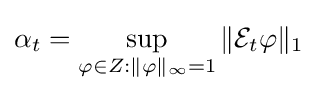
\alpha _{t}=\sup _{\varphi \in Z:\|\varphi \|_{\infty }=1}\|{\mathcal {E}}_{t}\varphi \|_{1}